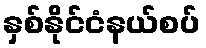
နှစ်နိုင်ငံနယ်စပ်